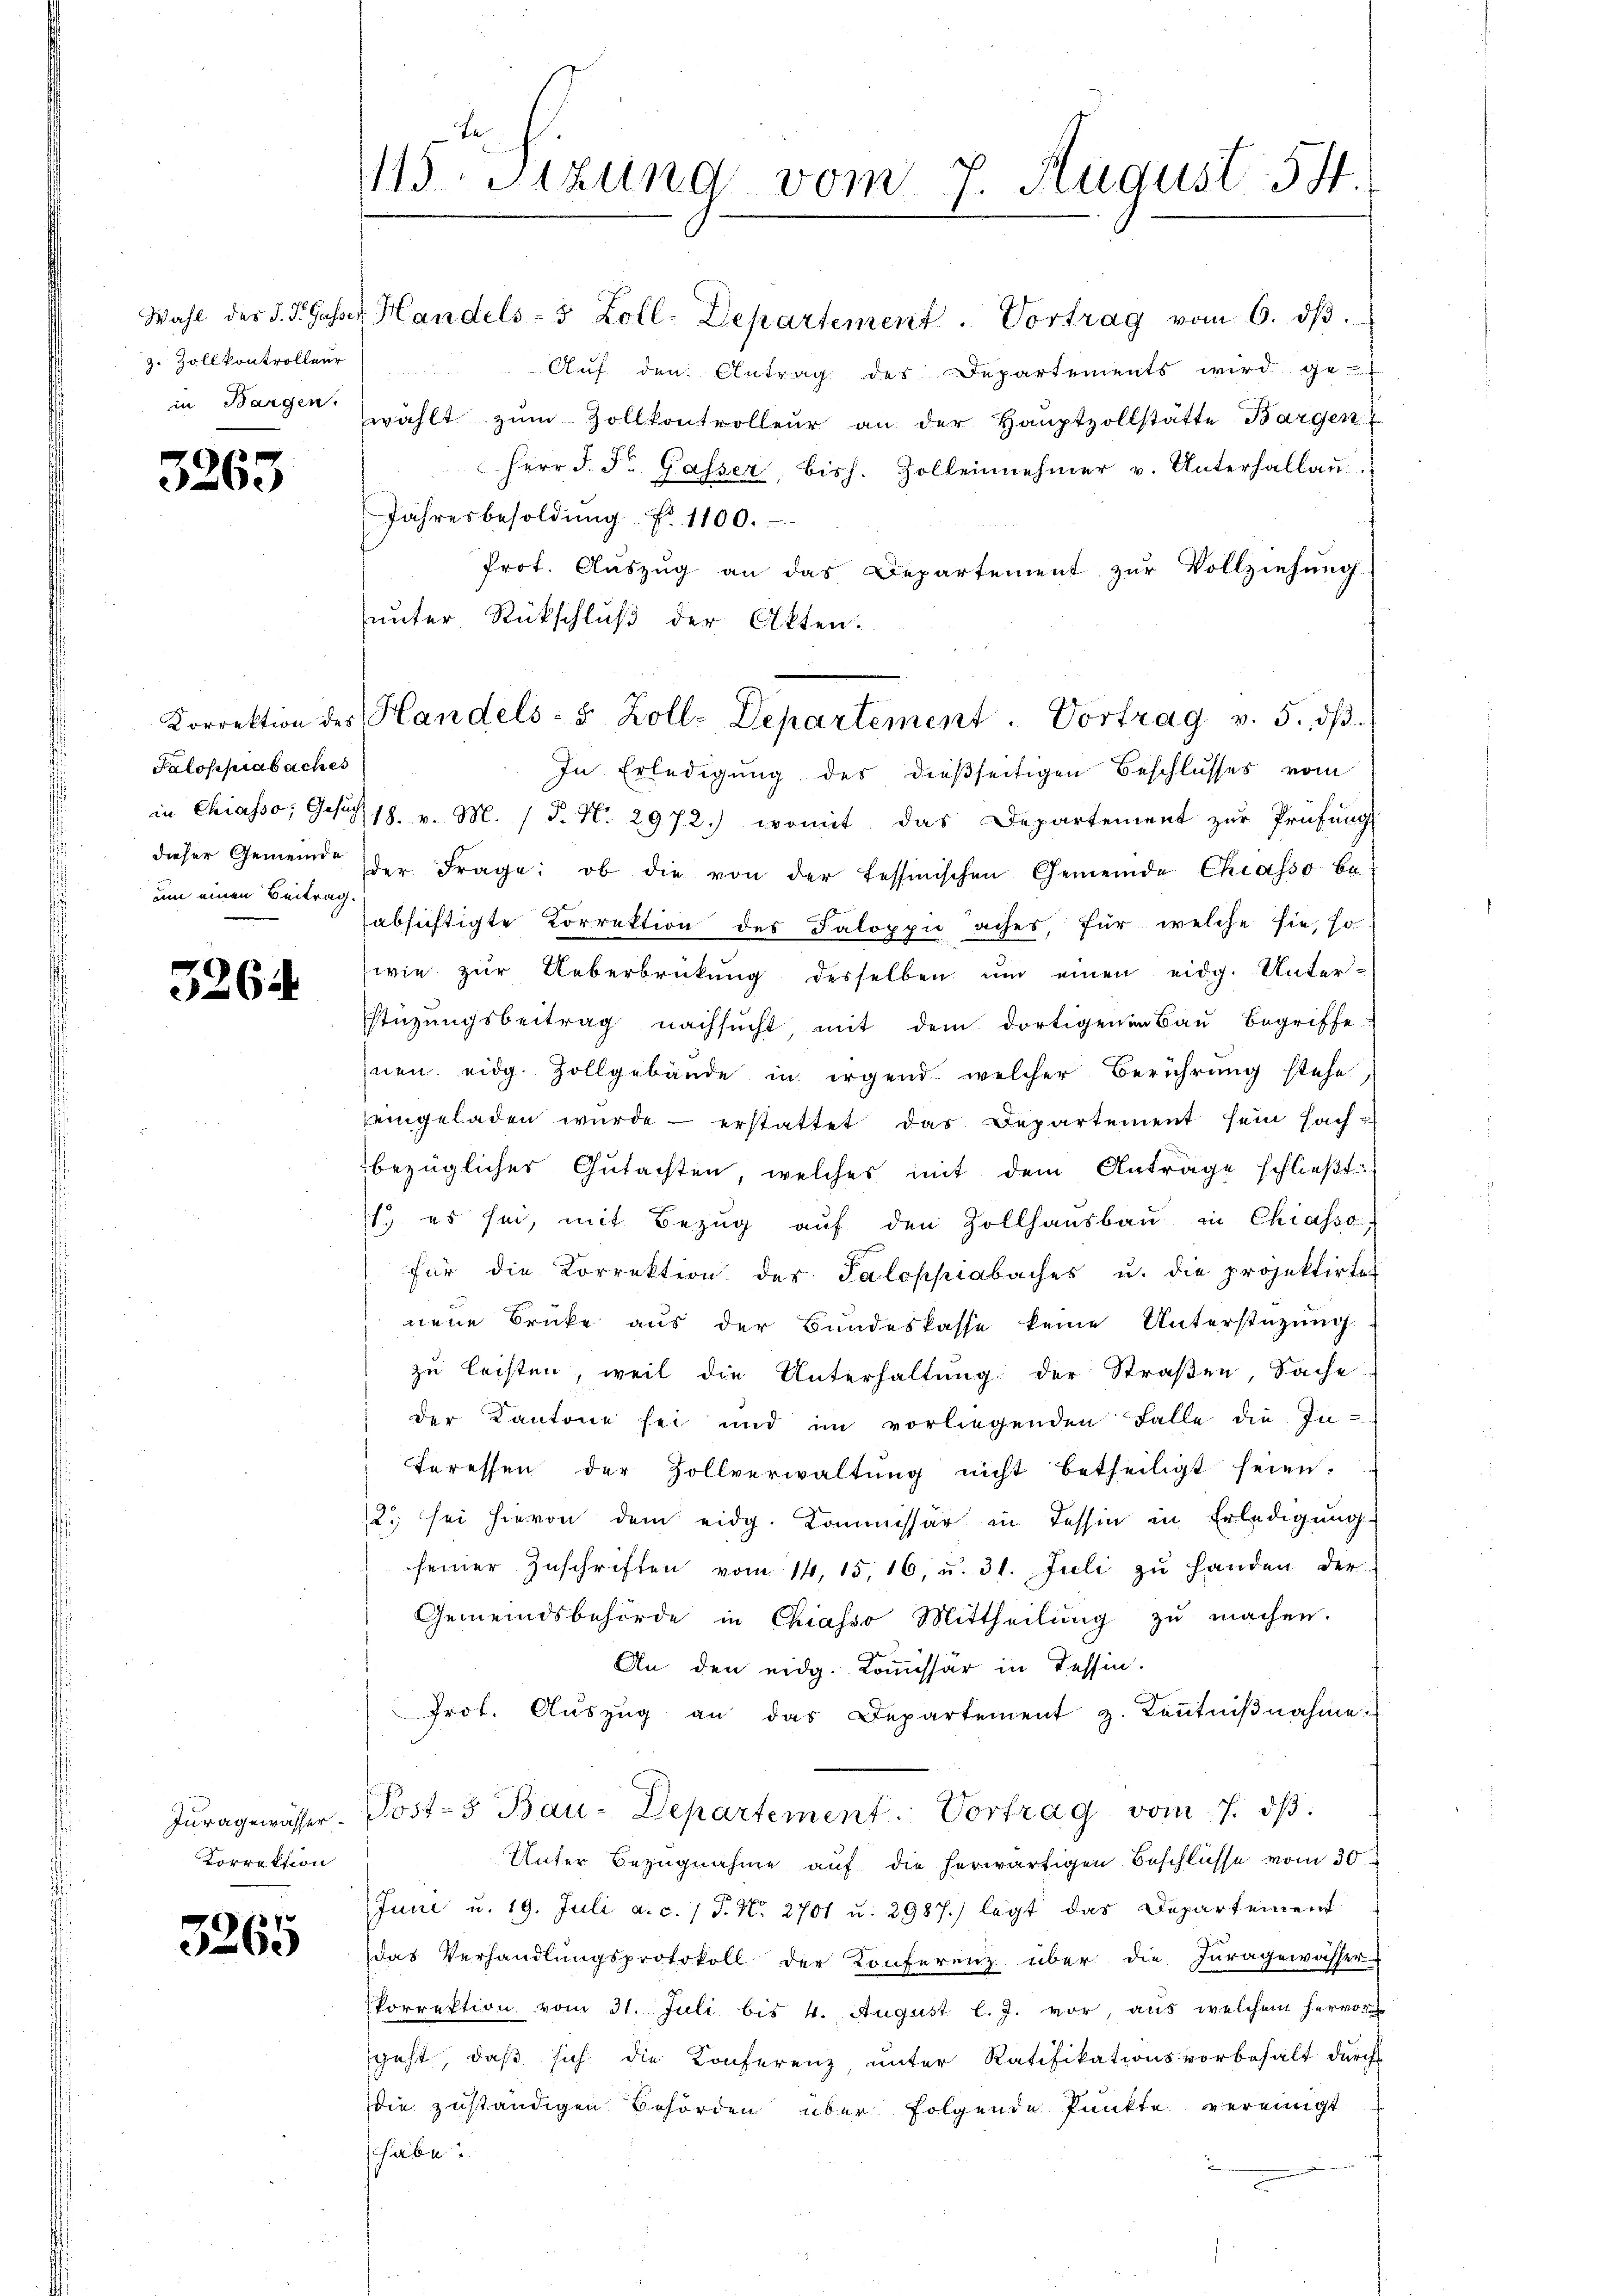
z. Zollkontrolleur

3263

Falopprabaches
um einen Beitrag.

5264.

Iuragewässer
Korrektion

3265

fe
115. Sitzung vom 7. August 544.

Wahl des S. PGasser Handels- 5 Zoll-Departement. Vortrag vom 6. dβ.
Auf den Antrag des Departements wird ge-
Bargen wählt zŭm Zollkontrolleur an der Haŭptzollstätte Bargen
Herr J. Fr. Gasser, bish. Zollennehmer u. Unterhallaŭ
Jahresbesoldŭng N. 1100.
Prot. Auszug an das Departement zur Vollziehung.
unter Rückschluß der Akten.
In Erledigung des dießseitigen Beschlusses vom
in Chiasso; Gesich 18. v. M. / P. N. 2972.) womit das Departement zŭr Prüfŭng
dieser Gemeinde der Frage: ob die von der tessinischen Gemeinde Chiasso be-
absichtigte Korrektion des Saloppi aches, für welche sie, so
wie zur Ueberbrückung desselben und einen eidg. Unterstüzungsbeitrag nachsucht, mit dem dortigenen Bau begriffe
nen eidg. Zollgebäude in irgend welcher Berührung stehe,
eingeladen wurde erstattet das Departement sein Sach
bezüglicher Gutachten, welches mit dem Anträge schlieβt:
1. es sei, mit Bezŭg aŭf den Zollhaŭsbaŭ in Chiasso
für die Korrektion der Saloppiabaches u. die projektirten
neue Brücke aus der Bundeskasse keine Unterstützung
zu leisten, weil die Unterhaltung der Straßen, Sache:
 der Kantone sei und im vorliegenden Falle die In-
teressen der Zollverwaltŭng nicht betheiligt seien.
2. sei hievon dem eidg. Kommissär in Tessin in Erledigung
seiner Zŭschriften vom 14. 15. 16, u. 31. Juli zŭ handen der
Gemeindsbehörde in Chiasso Mittheilung zu machen.
An den eidg. Kommissär in Tessin.
Prot. Aŭszŭg an das Departement z. Keṅtniβnahme.
Post-5 Bau-Departement. Vortrag vom 7. dβ.
Unter Bezugnahme auf die herwärtigen Beschlüsse vom 30.
Juni u. 19. Juli a. c. 1 P. Nr. 2701 u. 2987.) legt das Departement
das Verhandlungsprotokoll der Konferenz über die Juragewässer-
Porrektion vom 31. Juli bis 4. August l. J. vor, aus welchem hervor
geht, daß sich die Konferenz, unter Ratifikationsvorbehalt durch
die zuständigen Behörden über folgende Punkte vereinigt
habe.

Korrektion des Handels- & Zoll-Departement. Vortrag v. 5. dβ.